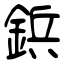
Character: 鋲